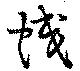
熾